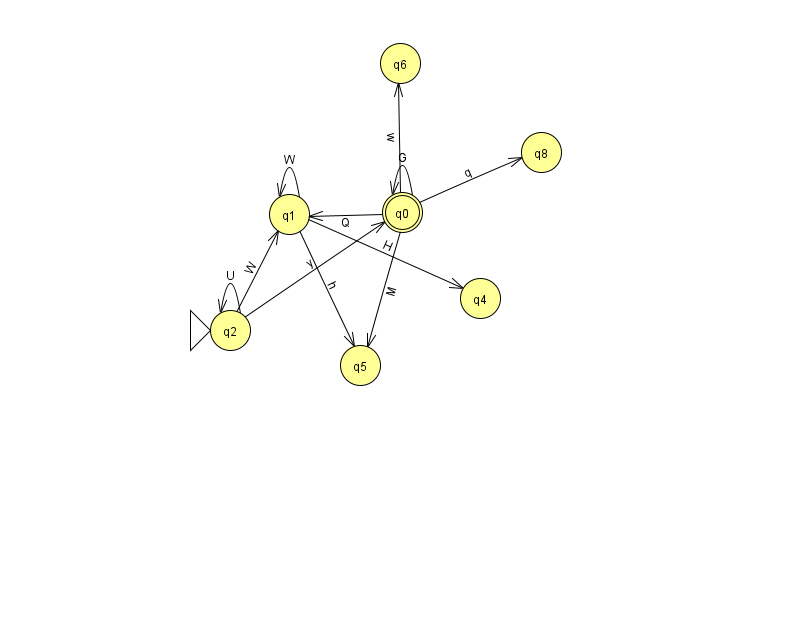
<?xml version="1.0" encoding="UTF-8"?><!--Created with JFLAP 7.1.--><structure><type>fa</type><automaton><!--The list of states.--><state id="0" name="q0"><x>402.0</x><y>199.0</y><final/></state><state id="1" name="q1"><x>289.0</x><y>201.0</y></state><state id="2" name="q2"><x>230.0</x><y>317.0</y><initial/></state><state id="4" name="q4"><x>480.0</x><y>285.0</y></state><state id="5" name="q5"><x>360.0</x><y>352.0</y></state><state id="6" name="q6"><x>400.0</x><y>50.0</y></state><state id="8" name="q8"><x>541.0</x><y>139.0</y></state><!--The list of transitions.--><transition><from>0</from><to>1</to><read>Q</read></transition><transition><from>1</from><to>4</to><read>H</read></transition><transition><from>1</from><to>5</to><read>h</read></transition><transition><from>0</from><to>6</to><read>w</read></transition><transition><from>0</from><to>5</to><read>M</read></transition><transition><from>2</from><to>2</to><read>U</read></transition><transition><from>2</from><to>0</to><read>y</read></transition><transition><from>0</from><to>0</to><read>G</read></transition><transition><from>1</from><to>1</to><read>W</read></transition><transition><from>2</from><to>1</to><read>W</read></transition><transition><from>0</from><to>8</to><read>q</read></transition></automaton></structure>